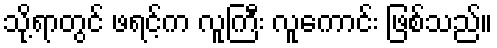
သို့ရာတွင် ဖရင့်က လူကြီး လူကောင်း ဖြစ်သည်။